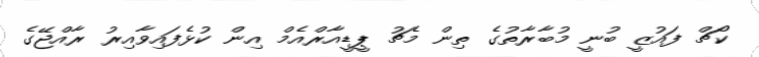
ކޯޗް ފައުޒީ ބުނީ މުބާރާތުގެ ތިން މެޗު ޕީޑީއާރްއެމް އިން ކުޅެފައިވާއިރު ރާއްޖޭގެ